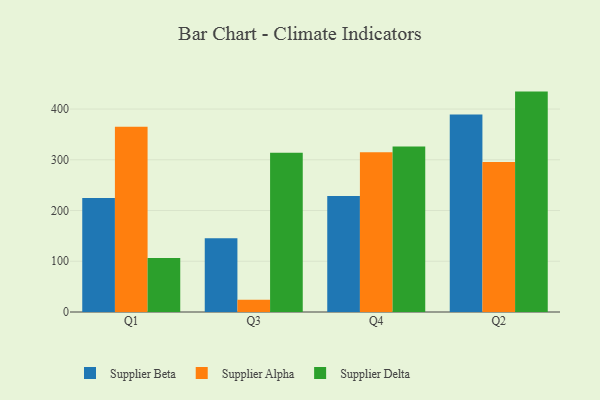
{"axis": {"x": "Quarter", "y": "Churn Rate (%)"}, "legend": ["Supplier Alpha", "Supplier Beta", "Supplier Delta"], "data": [{"x": "Q1", "y": 224.9, "type": "Supplier Beta"}, {"x": "Q1", "y": 365.3, "type": "Supplier Alpha"}, {"x": "Q1", "y": 106.2, "type": "Supplier Delta"}, {"x": "Q3", "y": 145.3, "type": "Supplier Beta"}, {"x": "Q3", "y": 24.1, "type": "Supplier Alpha"}, {"x": "Q3", "y": 314.1, "type": "Supplier Delta"}, {"x": "Q4", "y": 228.8, "type": "Supplier Beta"}, {"x": "Q4", "y": 314.7, "type": "Supplier Alpha"}, {"x": "Q4", "y": 326.1, "type": "Supplier Delta"}, {"x": "Q2", "y": 389.3, "type": "Supplier Beta"}, {"x": "Q2", "y": 295.8, "type": "Supplier Alpha"}, {"x": "Q2", "y": 434.4, "type": "Supplier Delta"}]}